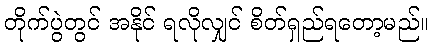
တိုက်ပွဲတွင် အနိုင် ရလိုလျှင် စိတ်ရှည်ရတော့မည်။